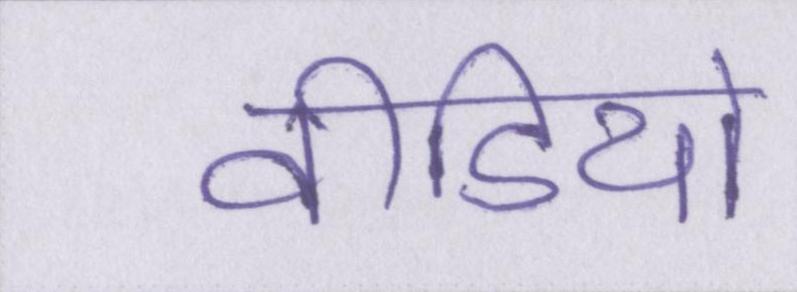
वीडियो